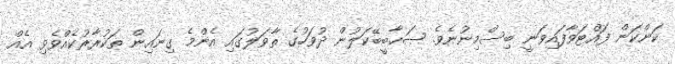
ކަންކަން ފައްޓަވާފައިވަނީ ބިސްމިނުނެވެ. ޞަޙާބީބޭކަލުން ދުވަހުގެ ތާވަލުގައި އެންމެ ގިނައިން ތަކުރާރުކެއްވެވި އެއް